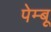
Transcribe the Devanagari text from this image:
पेम्बू